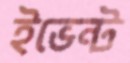
ইভেন্ট